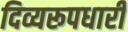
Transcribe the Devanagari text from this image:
दिव्यरूपधारी